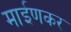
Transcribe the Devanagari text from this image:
माईणकर